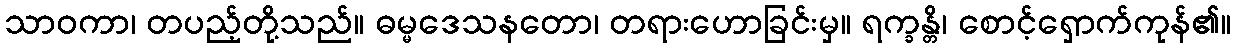
သာဝကာ၊ တပည့်တို့သည်။ ဓမ္မဒေသနတော၊ တရားဟောခြင်းမှ။ ရက္ခန္တိ၊ စောင့်ရှောက်ကုန်၏။